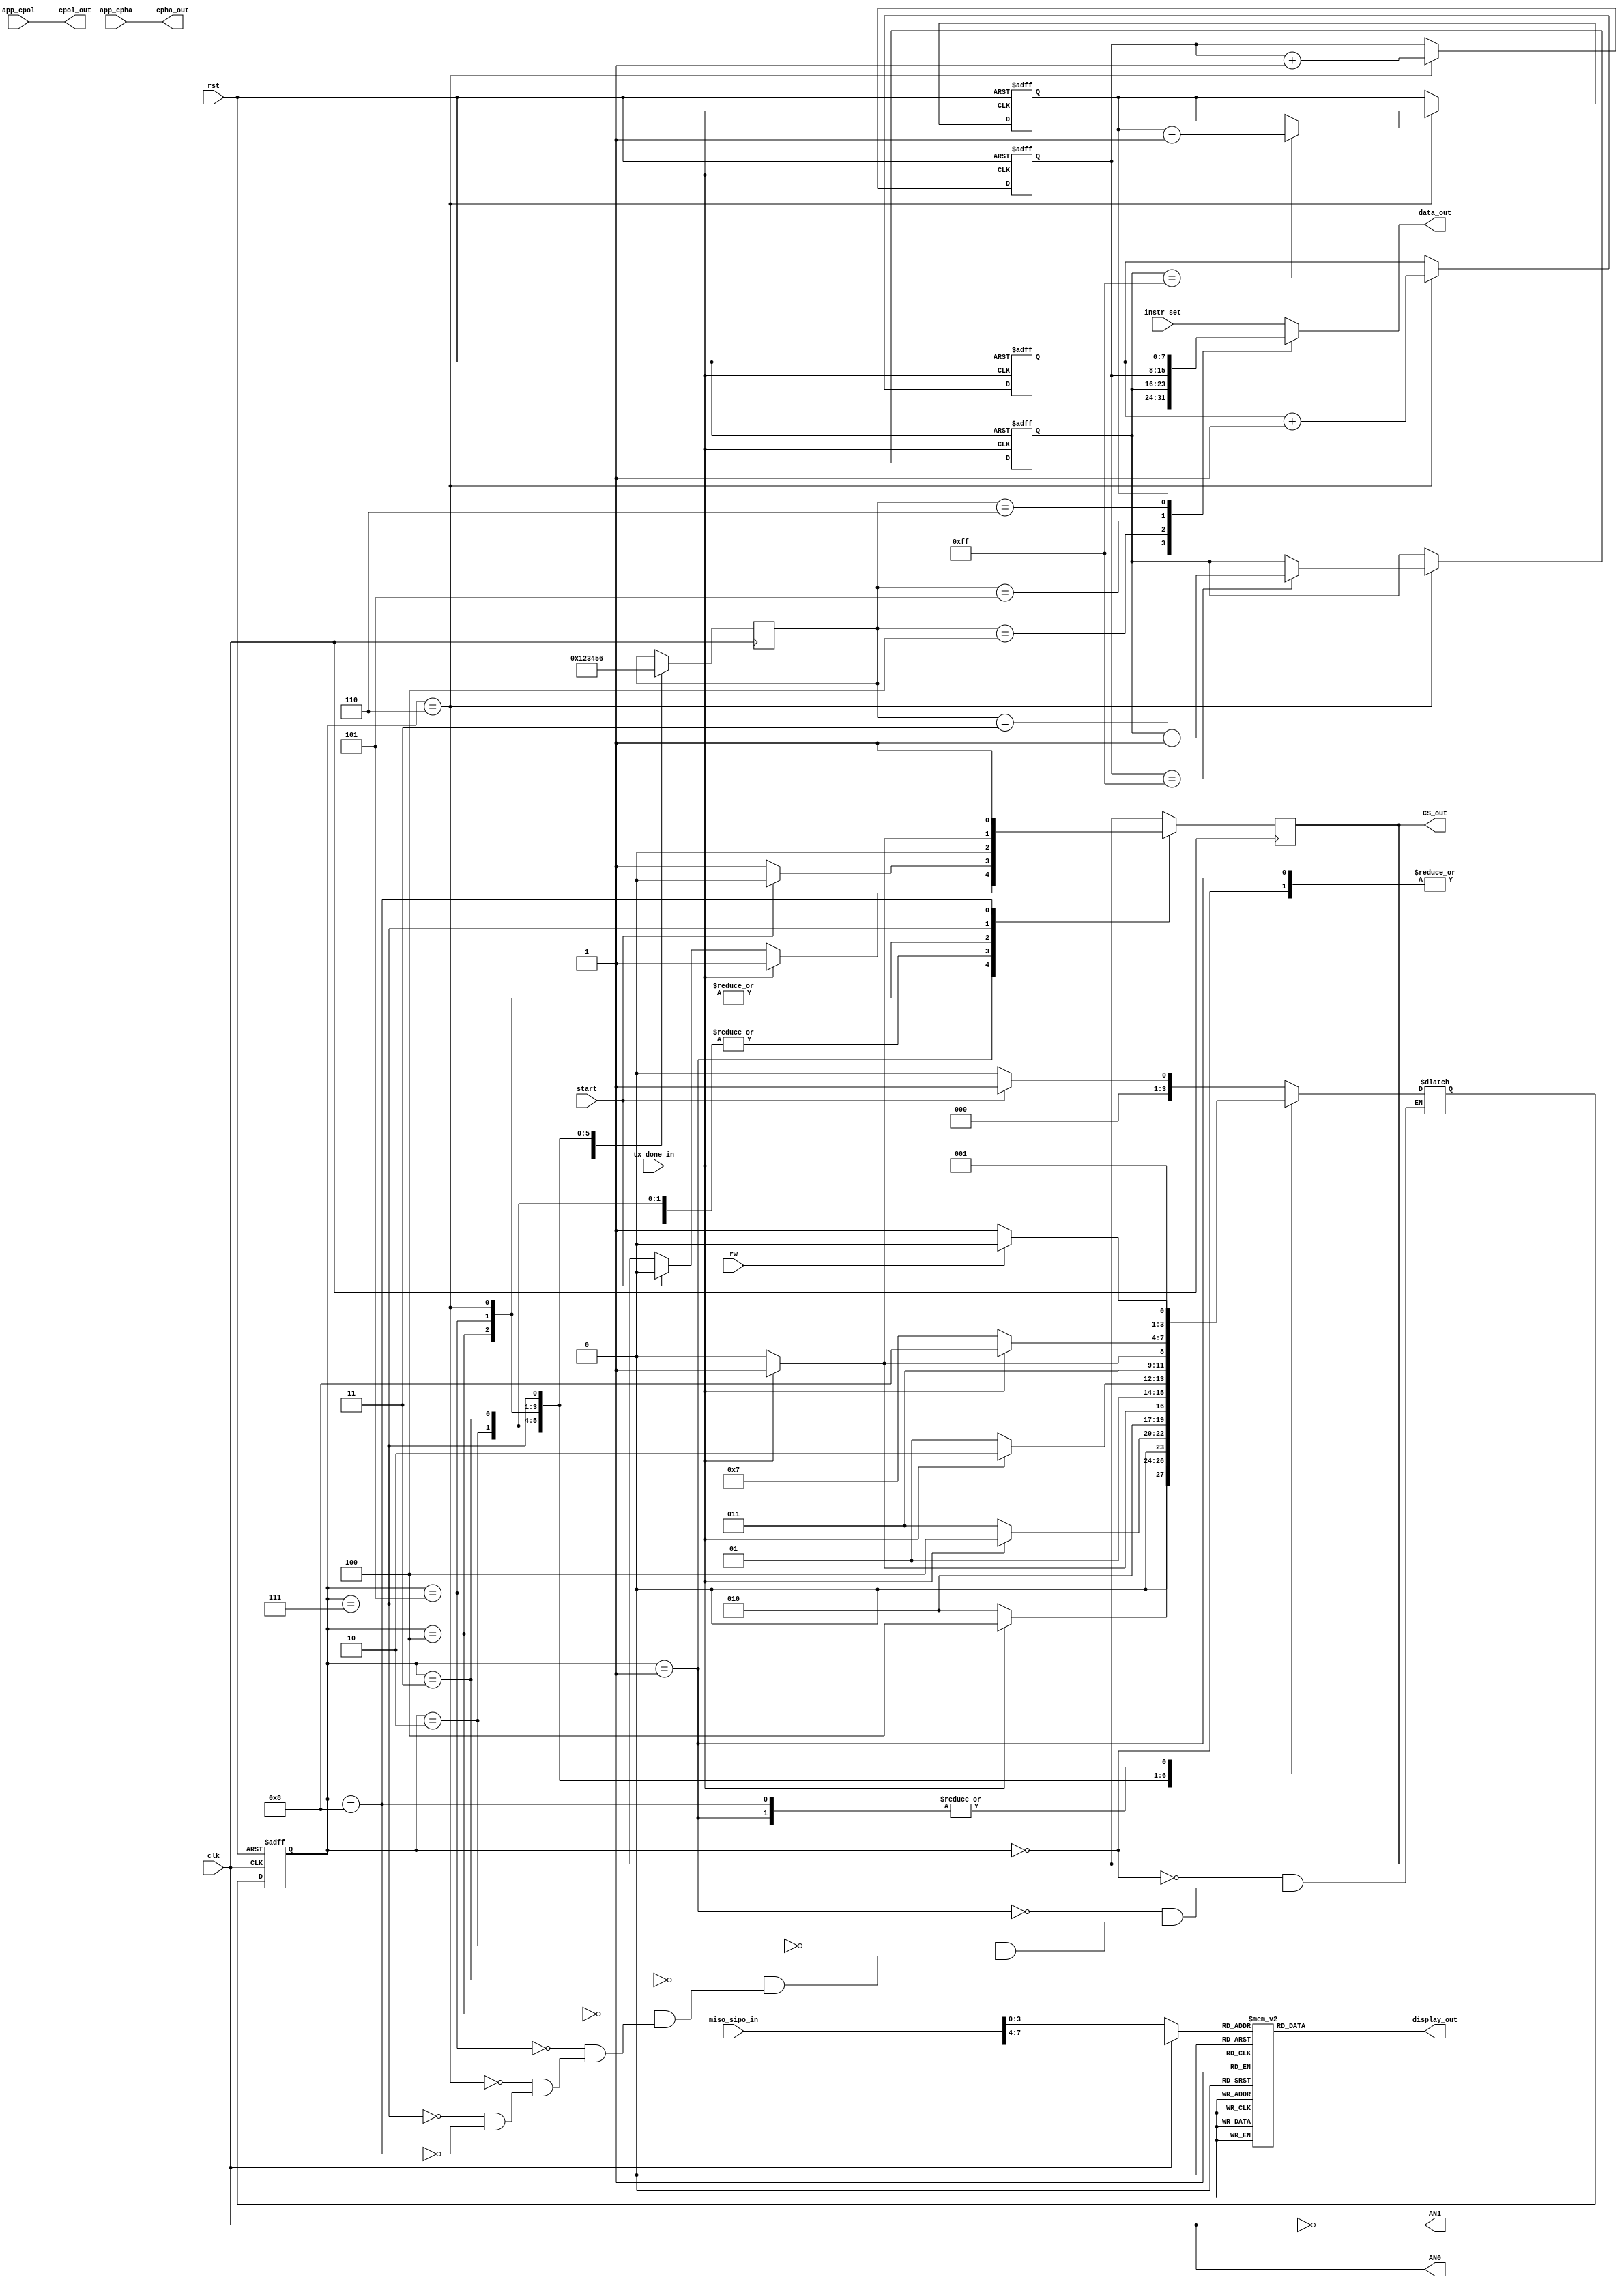
`timescale 1ns / 1ps
//////////////////////////////////////////////////////////////////////////////////
// Company: 
// Engineer: 
// 
// Design Name: 
// Module Name: SPI_application
// Project Name: 
// Target Devices: 
// Tool Versions: 
// Description: 
// 
// Dependencies: 
// 
// Revision:
// Revision 0.01 - File Created
// Additional Comments:
// 
//////////////////////////////////////////////////////////////////////////////////



module SPI_application(
input clk,rst,tx_done_in,rw,start,app_cpol,app_cpha,
output reg [7:0] data_out,
output reg CS_out,
output cpol_out,cpha_out,
output  AN0,AN1,
output reg [6:0]display_out,
input [7:0]miso_sipo_in,
input [7:0]instr_set
);
//reg [7:0]instr_set=8'h06,instr_write=8'h03,instr_read=8'h02;
wire [3:0]d_in0,d_in1;
wire [3:0]d_out;
reg [7:0]addr1,addr2, addr3,data1;
reg [2:0] count;
reg [3:0]c_state,n_state;
reg [3:0]sel_count;

parameter IDLE=4'b0000,
          SETUP=4'b0001,
          WRITE=4'b0010,
          READ=4'b0011,
          ADDR1=4'b0100,
          ADDR2=4'b0101,
          ADDR3=4'b0110,
          DATA=4'b0111,
          STOP=4'b1000;


assign cpol_out=app_cpol;
assign cpha_out=app_cpha;
//FSM
always @( posedge rst,posedge clk )
begin
    if(rst)
        c_state<=IDLE;
    else 
        c_state<=n_state;
end

//Next state logic

always @(*)
begin
    case(c_state)                
        IDLE:
            if(start)
                n_state<=SETUP;
            else
                n_state<=IDLE;
        SETUP:
            if(  rw==1)
                n_state<=WRITE;
            else if(rw==0)
                n_state<=READ;
          
        WRITE:
            if(tx_done_in)
                 n_state<=ADDR1;
            else
                n_state<=WRITE;
        READ:
             if(tx_done_in)
                 n_state<=ADDR1;
             else
                n_state<=READ;
                
        ADDR1:
              
              if( tx_done_in)
                 n_state<=ADDR2;
              else
                n_state<=ADDR1;
        ADDR2:
              if(tx_done_in)
                 n_state<=ADDR3;
              else
                n_state<=ADDR2;
        ADDR3:
              if(tx_done_in)
                 n_state<=DATA;
              else
                n_state<=ADDR3;
        DATA:
              if(tx_done_in)
                 n_state<=STOP;
              else
                 n_state<=DATA;
        STOP:
              if(rw==1)
                 n_state<=WRITE;
              else if(rw==0)
                 n_state<=READ;
              else
                  n_state<=STOP;
       endcase 
end

//output logic  

always @ ( posedge clk )
begin 
    case(c_state)
        IDLE:begin 
                sel_count<=4'b0000;
                if(start)begin
                    CS_out<=0;end
                else
                    CS_out<=1;
              end
        SETUP:begin
                sel_count<=4'b0000;
                if(tx_done_in)
                        CS_out<=1;
                else if(start)
                    begin 
                        CS_out<=0;
                    end
              end
        WRITE:
              begin
                sel_count<=4'b0001;
                if(start)
                    CS_out<=0;
                else
                     CS_out<=1;
              end
        READ:
             begin 
                sel_count<=4'b0010;
                if(start)
                    CS_out<=0;
                else
                     CS_out<=1;
             end
        ADDR1:
              begin
                sel_count<=4'b0011;
                CS_out<=0;
              end
        
        ADDR2:
              begin
                sel_count<=4'b0100;
                CS_out<=0;
              end
        ADDR3:
              begin
                sel_count<=4'b0101;
                CS_out<=0;
              end
        DATA:
              begin 
                    sel_count<=4'b0110;
                    CS_out<=0;
                    if(tx_done_in)
                        CS_out<=1;
              end
       STOP:
                    CS_out<=1;                
    endcase 
    
end


always @(posedge tx_done_in,posedge rst )
begin 
    if(rst)begin 
        addr1<=0;
        addr2<=0;
        addr3<=0;
        data1<=0;
        count<=0;
        end
    else
        begin
             if(c_state==4'b0110)begin 
                addr3<=addr3 + 1;
                data1<=data1+1;
                      if(addr3==8'b11111111)
                         addr2<=addr2 + 1;
                            if(addr2==8'b11111111)
                                addr1<=addr1 + 1;end
             
        end
end

//instruction,addr,data selection
always @(*)
begin 
    case(sel_count)
        4'b0000:data_out=instr_set;
        4'b0001:data_out=instr_set;
        4'b0010:data_out=instr_set;
        4'b0011:data_out=addr1;
        4'b0100:data_out=addr2;
        4'b0101:data_out=addr3;
        4'b0110:data_out=data1;
        default :data_out=instr_set;
    endcase 
end




//Display Module
assign { d_in0 , d_in1 } = miso_sipo_in;
assign d_out=clk ? d_in0 : d_in1;
assign AN0=clk;
assign AN1=~clk;
always @(*)
begin 
    case(d_out)
        4'b0000:display_out=7'b0000001;
        4'b0001:display_out=7'b1001111;
        4'b0010:display_out=7'b0010010;
        4'b0011:display_out=7'b0000110;
        4'b0100:display_out=7'b1001100;
        4'b0101:display_out=7'b0100100;
        4'b0110:display_out=7'b0100000;
        4'b0111:display_out=7'b0001111;
        4'b1000:display_out=7'b0000000;
        4'b1001:display_out=7'b0000100;
        4'b1010:display_out=7'b0000100;
        4'b1011:display_out=7'b1100000;
        4'b1100:display_out=7'b0110001;
        4'b1101:display_out=7'b1000001;
        4'b1110:display_out=7'b0110000;
        4'b1111:display_out=7'b0111000;
        default:display_out= 7'b1111111; 
    endcase 
end
endmodule